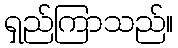
ရှည်ကြာသည်။